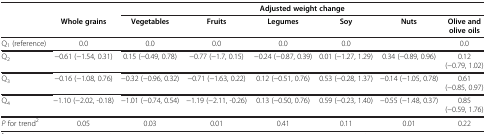
|  |  | <COLSPAN=6> Adjusted weight change |
 |  | Whole grains | Vegetables | Fruits | Legumes | Soy | Nuts | Olive and olive oils |
 | --- | --- | --- | --- | --- | --- | --- | --- |
 | Q1 (reference) | 0.0 | 0.0 | 0.0 | 0.0 | 0.0 |  | 0.0 |
 | Q2 | −0.61 (−1.54, 0.31) | 0.15 (−0.49, 0.78) | −0.77 (−1.7, 0.15) | −0.24 (−0.87, 0.39) | 0.01 (−1.27, 1.29) | 0.34 (−0.89, 0.96) | 0.12 (−0.79, 1.02) |
 | Q3 | −0.16 (−1.08, 0.76) | −0.32 (−0.96, 0.32) | −0.71 (−1.63, 0.22) | 0.12 (−0.51, 0.76) | 0.53 (−0.28, 1.37) | −0.14 (−1.05, 0.78) | 0.61 (−0.85, 0.97) |
 | Q4 | −1.10 (−2.02, -0.18) | −1.01 (−0.74, 0.54) | −1.19 (−2.11, -0.26) | 0.13 (−0.50, 0.76) | 0.59 (−0.23, 1.40) | −0.55 (−1.48, 0.37) | 0.85 (−0.59, 1.76) |
 | P for trend2 | 0.05 | 0.03 | 0.01 | 0.41 | 0.11 | 0.01 | 0.22 |